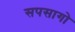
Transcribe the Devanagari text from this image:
सपसागो